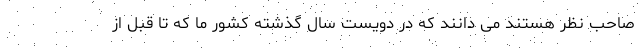
صاحب نظر هستند می دانند که در دویست سال گذشته کشور ما که تا قبل از